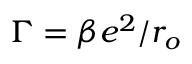
\Gamma = \beta e ^ { 2 } / r _ { o }